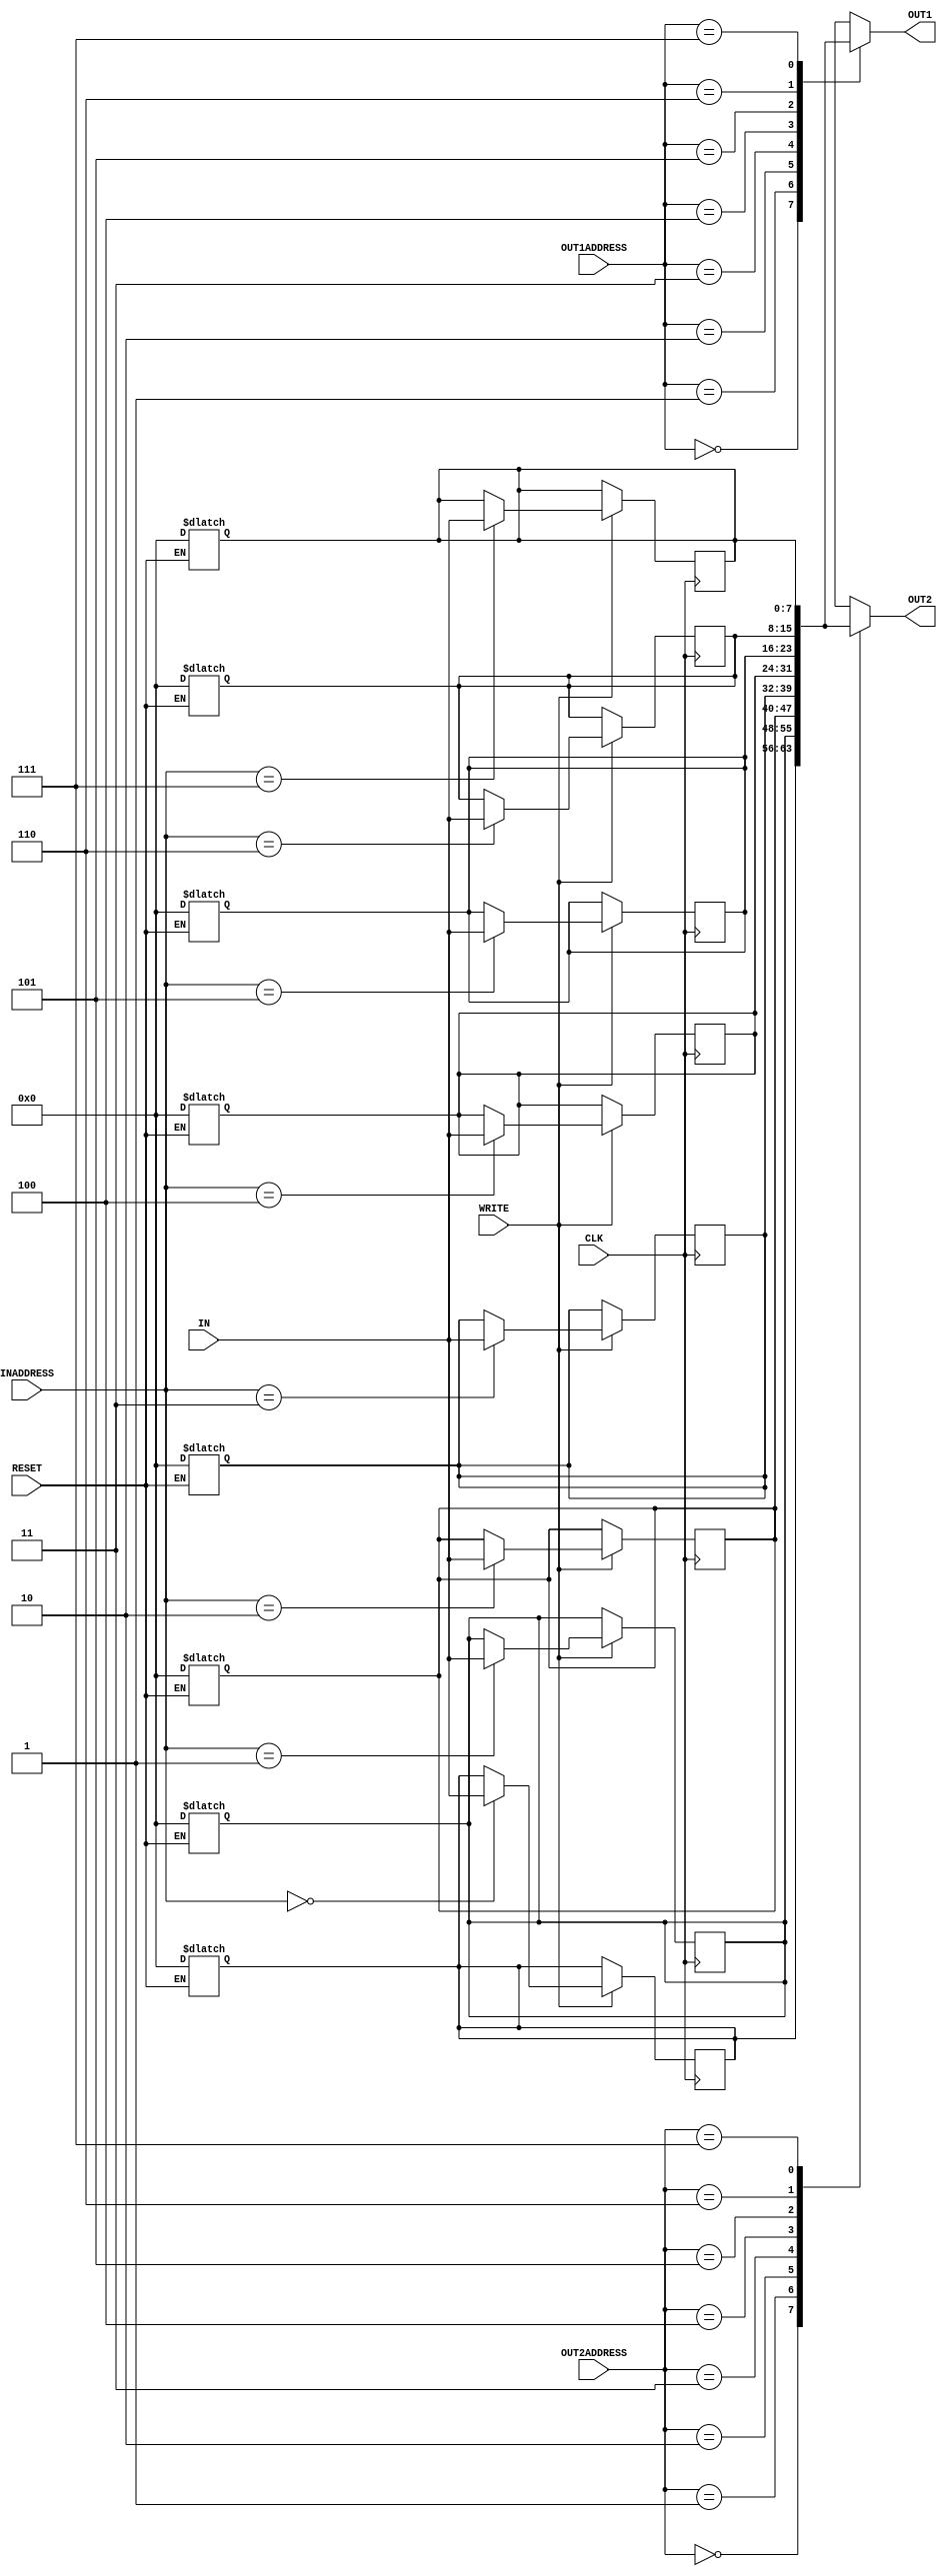
// Computer Architecture (CO224) - Lab 05
// Design: Register File of Simple Processor

module reg_file (IN, OUT1, OUT2, INADDRESS, OUT1ADDRESS, OUT2ADDRESS, WRITE, CLK, RESET);

    input WRITE, CLK, RESET;
    input [2:0] INADDRESS, OUT1ADDRESS, OUT2ADDRESS;    //source and destination registers
    input [7:0] IN;
    output [7:0] OUT1, OUT2;
    integer i;  //integer for increment in the loop

    reg [7:0] regFile[7:0];     //create a reg array
    
    //reading data from registers and assign the value to output ports
     assign #2 OUT1 = regFile[OUT1ADDRESS];
     assign #2 OUT2 = regFile[OUT2ADDRESS];

    always @ (posedge CLK)     //execute the code for positive edge
        begin
            if(WRITE) #2 regFile[INADDRESS] <=   IN;     //write data to the register with latency of 2
        end

    always @ (RESET)     //execute the code when reset is changing 
        begin
            if(RESET) begin
                for(i=0; i<8; i = i + 1) begin
                    regFile[i] <= 0;        //set all registers to 0
                end
                #2;     //latency of resetting registers
            end
        end           

endmodule